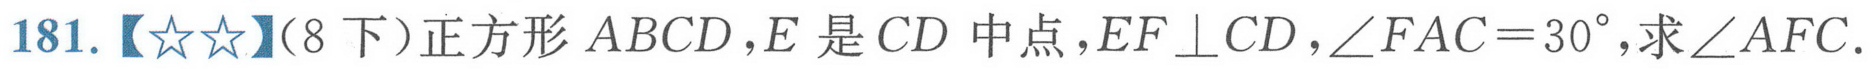
181.【\(☆☆\)】（8下）正方形\(ABCD\)，\(E\)是\(CD\)中点，\(EF\perp CD\)，\(\angle FAC = 30^{\circ}\)，求\(\angle AFC\).